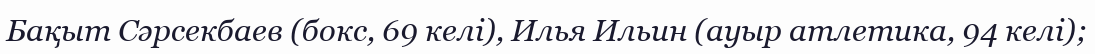
Бақыт Сәрсекбаев (бокс, 69 келі), Илья Ильин (ауыр атлетика, 94 келі);